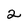
Character: 2